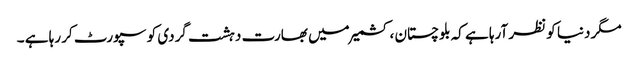
مگر دنیا کو نظر آرہا ہے کہ بلوچستان ، کشمیر میں بھارت دہشت گردی کو سپورٹ کر رہا ہے ۔